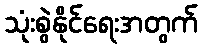
သုံးစွဲနိုင်ရေးအတွက်